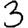
Digit: 3